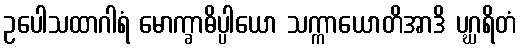
ဥပေါသထာဂါရံ မောက္ခာဓိပ္ပါယော သက္ကာယောတိအာဒိ ပဂ္ဃရိတံ